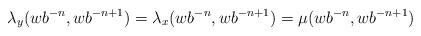
LaTeX: \begin{align*}\lambda_y(wb^{-n}, wb^{-n+1})= \lambda_x(wb^{-n}, wb^{-n+1}) = \mu(wb^{-n}, wb^{-n+1})\end{align*}